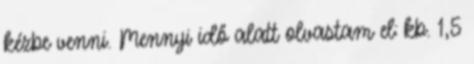
kézbe venni. Mennyi idő alatt olvastam el: kb. 1,5